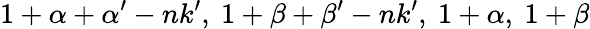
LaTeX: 1+\alpha+\alpha^{\prime}-nk^{\prime},~1+\beta+\beta^{\prime}-nk^{\prime},~1+\alpha,~1+\beta